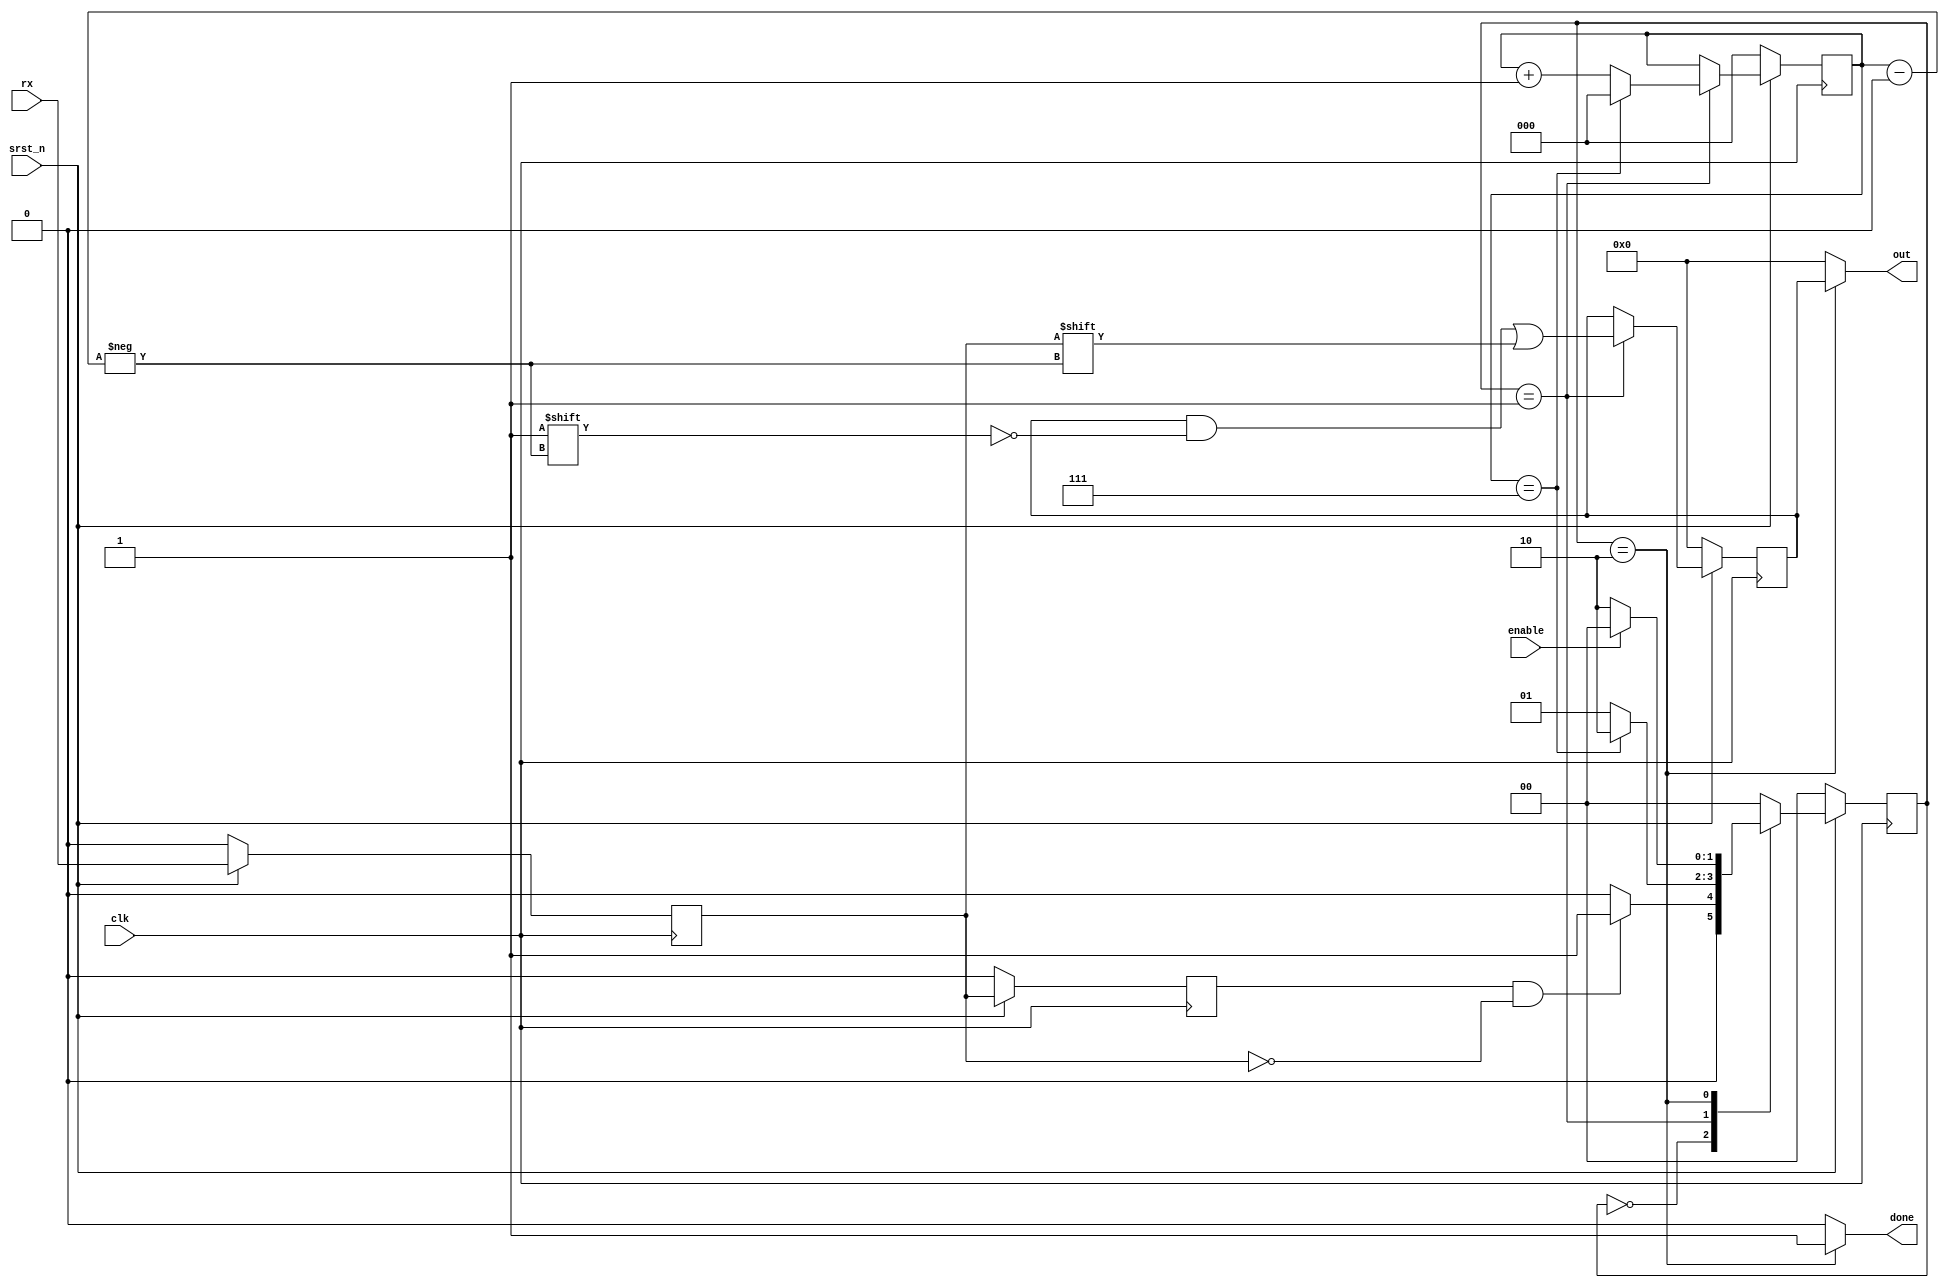
module receiver1
(
	input clk,
	input srst_n,

	input rx,
	input enable,
	output reg done,
	output reg [7:0] out
);

parameter IDLE = 2'd0, DATA = 2'd1, STOP = 2'd2;

wire start;
reg rx_q0, rx_q1;

reg [1:0] state, state_next;
reg [2:0] count, count_next;
reg [7:0] data, data_next;

assign start = rx_q1 && ~rx_q0;

always @ (posedge clk) begin
    if (~srst_n) begin
        rx_q0 <= 1'b0;
        rx_q1 <= 1'b0;	
    end else begin
        rx_q0 <= rx;
        rx_q1 <= rx_q0;
    end
end

always @(posedge clk) begin
	if (~srst_n) begin
		state <= IDLE;
		count <= 3'd0;
		data <= 8'd0;
	end else begin
		state <= state_next;
		count <= count_next;
		data <= data_next;
	end
end

always @* begin
	out = 8'b0;
	done = 1'b0;
	data_next = data;
	state_next = 2'd0;
	count_next = count;
	case(state) 
		IDLE: begin
			if (start) begin
				state_next = DATA;
			end else begin
				state_next = IDLE;
			end
		end
		DATA: begin
			if (count == 3'd7) begin
				count_next = 3'd0;
				data_next[count] = rx_q0;
				state_next = STOP;
			end else begin
				count_next = count + 3'd1;
				data_next[count] = rx_q0;
				state_next = DATA;
			end
		end
		STOP: begin
			done = 1'b1;
			out = data;
			if (enable) begin
				state_next = IDLE;
			end else begin
				state_next = STOP;
			end
		end
	endcase
end

endmodule